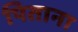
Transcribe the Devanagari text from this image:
पिताना